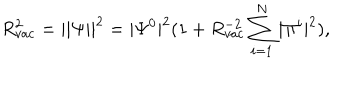
R _ { v a c } ^ { 2 } = | | \Psi | | ^ { 2 } = | \Psi ^ { 0 } | ^ { 2 } ( 1 + R _ { v a c } ^ { - 2 } \sum _ { i = 1 } ^ { N } | \Pi ^ { i } | ^ { 2 } ) ,